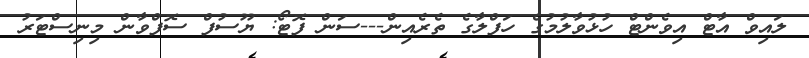
ލައިވް އާޓް އިވެންޓް ހުޅުވާލުމުގެ ހަފްލާގެ ތެރެއިން---ސަން ފޮޓޯ: ޔޫސުފް ސޮފްވާން މިނިސްޓަރު